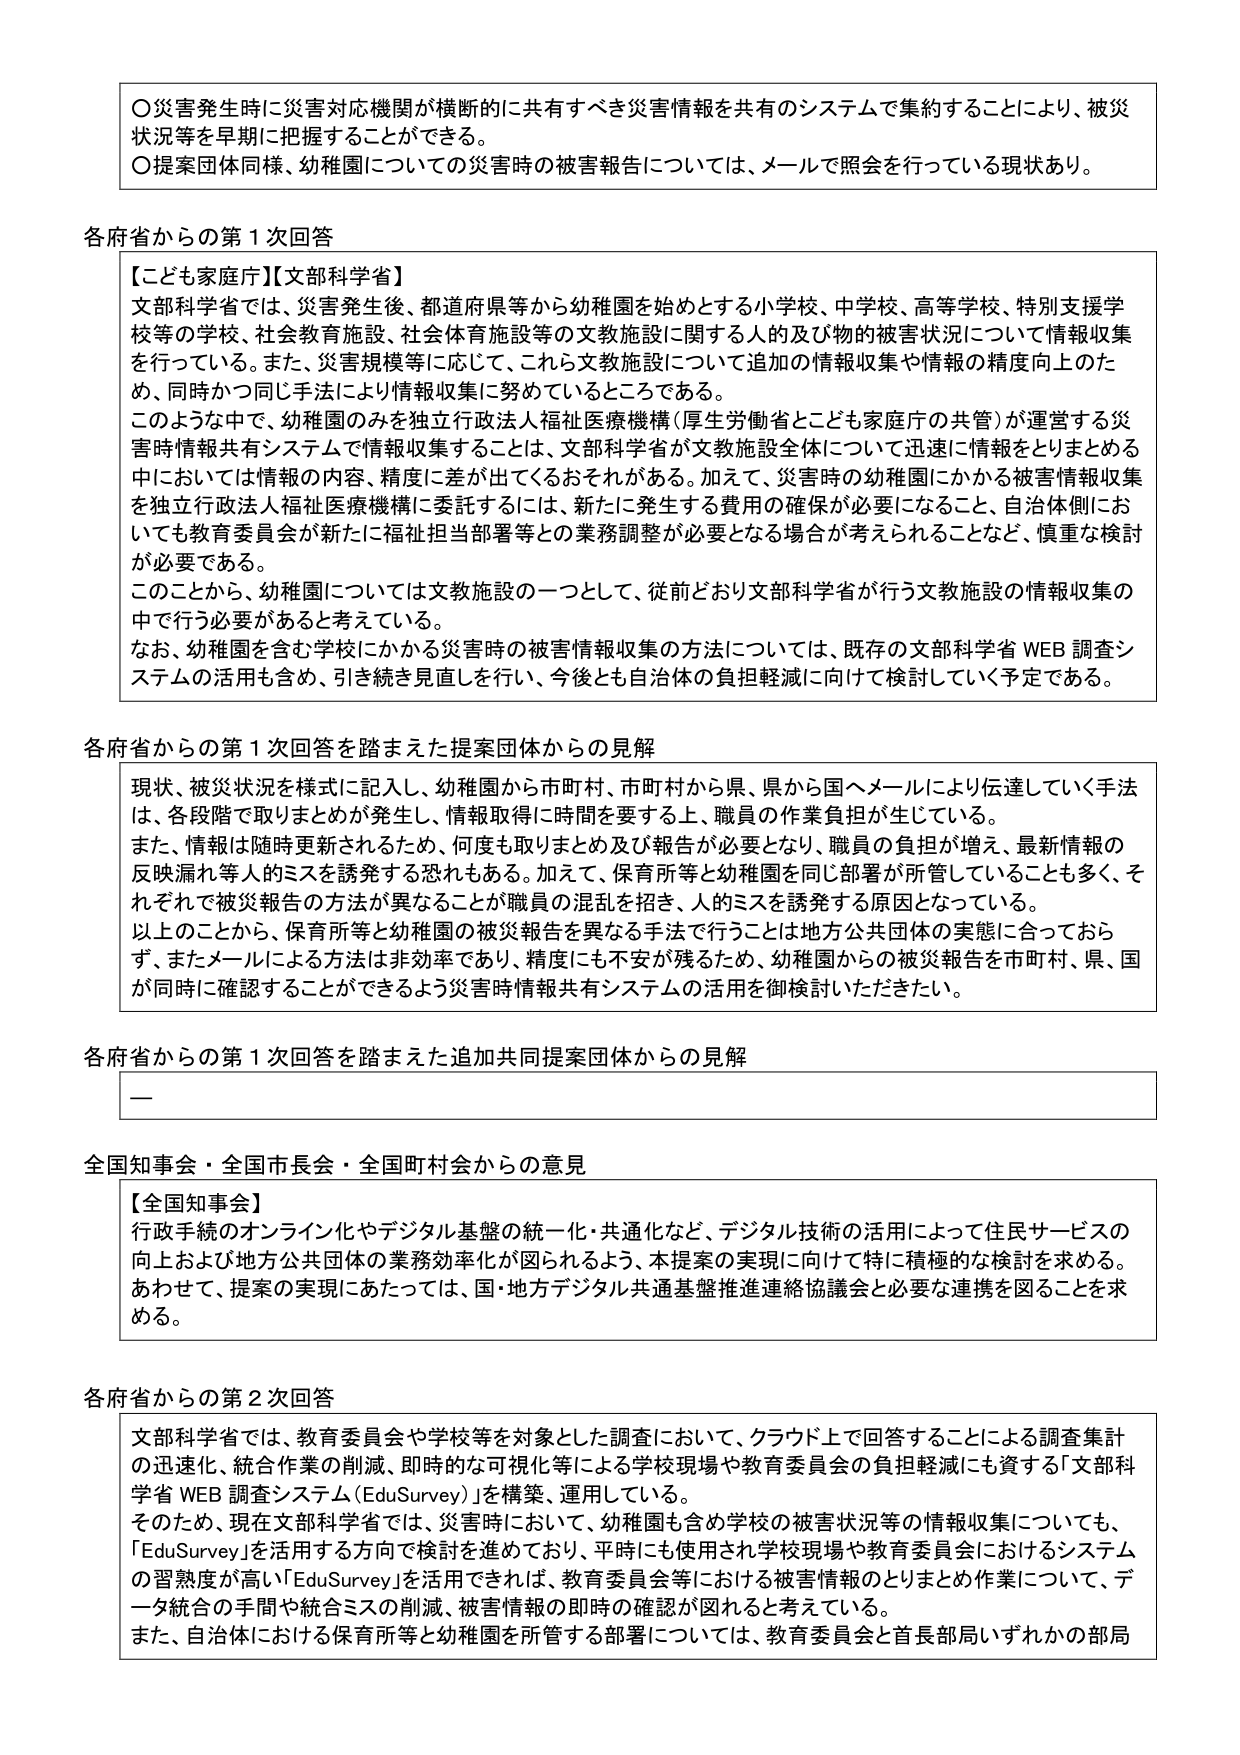
〇災害発生時に災害対応機関が横断的に共有すべき災害情報を共有のシステムで集約することにより、被災状況等を早期に把握することができる。
〇提案団体同様、幼稚園についての災害時の被害報告については、メールで照会を行っている現状あり。

各府省からの第1次回答
【こども家庭庁】【文部科学省】
文部科学省では、災害発生後、都道府県等から幼稚園を始めとする小学校、中学校、高等学校、特別支援学校等の学校、社会教育施設、社会体育施設等の文教施設に関する人的及び物的被害状況について情報収集を行っている。また、災害規模等に応じて、これら文教施設について追加の情報収集や情報の精度向上のため、同時かつ同じ手法により情報収集に努めているところである。
このような中で、幼稚園のみを独立行政法人福祉医療機構（厚生労働省とこども家庭庁の共管）が運営する災害時情報共有システムで情報収集することは、文部科学省が文教施設全体について迅速に情報をとりまとめる中ににおいて情報の内容、精度に差が出てくるおそれがある。加えて、災害時の幼稚園にかかる被害情報収集を独立行政法人福祉医療機構に委託するには、新たに発生する費用の確保が必要になること、自治体側においても教育委員会が新たに福祉担当部署等との業務調整が必要となる場合が考えられることなど、慎重な検討が必要である。
このことから、幼稚園については文教施設の一つとして、従前どおり文部科学省が行う文教施設の情報収集の中で行う必要があると考えている。
なお、幼稚園を含む学校にかかる災害時の被害情報収集の方法については、既存の文部科学省WEB調査システムの活用も含め、引き続き見直しを行い、今後とも自治体の負担軽減に向けて検討していく予定である。

各府省からの第1次回答を踏まえた提案団体からの見解
現状、被災状況を様式に記入し、幼稚園から市町村、市町村から県、県から国へメールにより伝達していく手法は、各段階で取りまとめが発生し、情報取得に時間を要する上、職員の作業負担が生じている。
また、情報は随時更新されるため、何度も取りまとめ及び報告が必要となり、職員の負担が増え、最新情報の反映漏れ等人的ミスを誘発する恐れもある。加えて、保育所等と幼稚園を同じ部署が所管していることも多く、それぞれで被災報告の方法が異なることが職員の混乱を招き、人的ミスを誘発する原因となっている。
以上のことから、保育所等と幼稚園の被災報告を異なる手法で行うことは地方公共団体の実態に合っておらず、またメールによる方法は非効率であり、精度にも不安が残るため、幼稚園からの被災報告を市町村、県、国が同時に確認することができるよう災害時情報共有システムの活用を御検討いただきたい。

各府省からの第1次回答を踏まえた追加共同提案団体からの見解
—

全国知事会・全国市長会・全国町村会からの意見
【全国知事会】
行政手続のオンライン化やデジタル基盤の統一化・共通化など、デジタル技術の活用によって住民サービスの向上および地方公共団体の業務効率化が図られるよう、本提案の実現に向けて特に積極的な検討を求める。
あわせて、提案の実現にあたっては、国・地方デジタル共通基盤推進連絡協議会と必要な連携を図ることを求める。

各府省からの第2次回答
文部科学省では、教育委員会や学校等を対象とした調査において、クラウド上で回答することによる調査集計の迅速化、統合作業の削減、即時の可視化等による学校現場や教育委員会の負担軽減にも資する「文部科学省WEB調査システム（EduSurvey）」を構築、運用している。
そのため、現在文部科学省では、災害時において、幼稚園も含め学校の被害状況等の情報収集についても、「EduSurvey」を活用する方向で検討を進めており、平時にも使用され学校現場や教育委員会におけるシステムの習熟度が高い「EduSurvey」を活用できれば、教育委員会等における被害情報のとりまとめ作業について、データ統合の手間や統合ミスの削減、被害情報の即時の確認が図れると考えている。
また、自治体における保育所等と幼稚園を所管する部署については、教育委員会と首長部局いずれかの部局